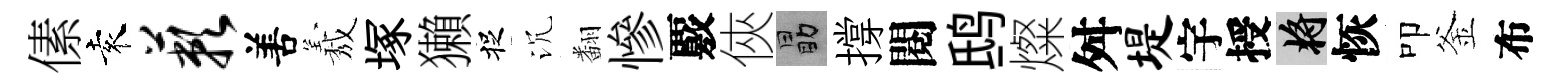
傃袁蔌𠵊𦏁塚獺捉沉翻慘覈俠勗撐閱鸱燦舛堤宇授將恢叩釜布